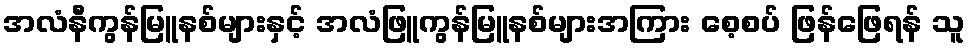
အလံနီကွန်မြူနစ်များနှင့် အလံဖြူကွန်မြူနစ်များအကြား စေ့စပ် ဖြန်ဖြေရန် သူ